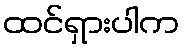
ထင်ရှားပါက